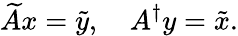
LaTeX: \widetilde{A}x=\tilde{y},\quad A^{\dagger}y=\tilde{x}.